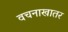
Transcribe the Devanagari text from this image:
वचनाखातर